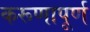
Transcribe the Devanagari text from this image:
करूणापूर्ण